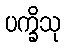
ပက္ခိသု